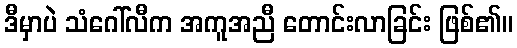
ဒီမှာပဲ သံဂေါ်လီက အကူအညီ တောင်းလာခြင်း ဖြစ်၏။